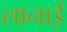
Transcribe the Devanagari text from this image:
लानाई